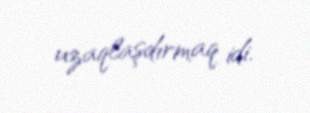
uzaqlaşdırmaq idi.